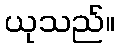
ယုသည်။